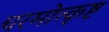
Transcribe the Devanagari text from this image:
चरमोत्कृष्ट